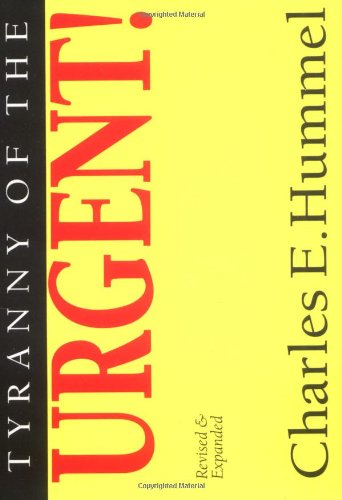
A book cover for Tyranny of the Urgent!; Charles E. Hummel; Christian Books & Bibles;